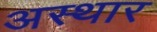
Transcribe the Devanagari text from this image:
अस्थार